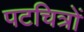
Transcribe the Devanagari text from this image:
पटचित्रों